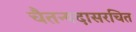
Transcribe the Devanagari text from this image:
चैतन्यदासरचित